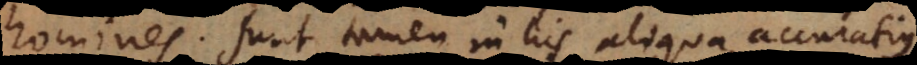
homines. Sunt tamen in his aliqua accuratius